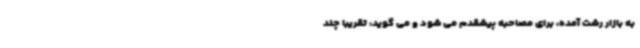
به بازار رشت آمده، برای مصاحبه پیشقدم می شود و می گوید: تقریبا چند